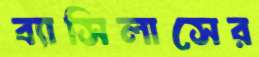
ব্যাসিলাসের